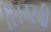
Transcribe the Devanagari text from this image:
सिग्स्बी